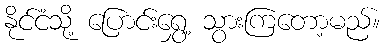
နိုင်ငံသို့ ပြောင်းရွှေ့ သွားကြတော့မည်။